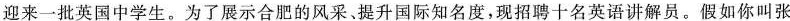
迎来一批英国中学生。为了展示合肥的风采﹑提升国际知名度，现招聘十名英语讲解员。假如你叫张